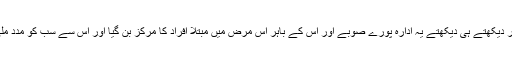
اور دیکھتے ہی دیکھتے یہ ادارہ پورے صوبے اور اس کے باہر اس مرض میں مبتلا افراد کا مرکز بن گیا اور اس سے سب کو مدد ملی۔